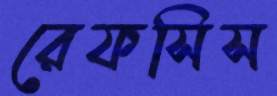
রেফসিস